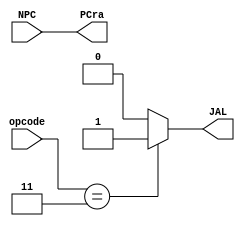
`timescale 1ns / 1ps
//////////////////////////////////////////////////////////////////////////////////
// Company: 
// Engineer: 
// 
// Design Name: 
// Module Name: JAL_UNIT
// Project Name: 
// Target Devices: 
// Tool Versions: 
// Description: 
// 
// Dependencies: 
// 
// Revision:
// Revision 0.01 - File Created
// Additional Comments:
// 
//////////////////////////////////////////////////////////////////////////////////


module JAL_UNIT(
    input [31:0] NPC,
    input [5:0] opcode,
    output wire [31:0] PCra,
    output reg JAL);

    localparam J_Type_JAL = 6'b000011;
    
    //assign PCra = NPC + 1;
    assign PCra = NPC;
    
    always@(*)
        begin
        if (opcode == J_Type_JAL)
            begin
                JAL = 1'b1;
            end
        else
            begin
                 JAL = 1'b0;   
            end
    end

endmodule